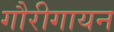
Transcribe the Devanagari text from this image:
गौरीगायन